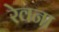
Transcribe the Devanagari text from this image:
रेवना